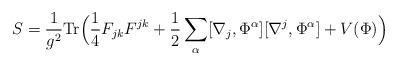
LaTeX: \begin{align*}S= \frac{1}{g^{2}}{\rm Tr} \Bigl( \frac{1}{4} F_{jk}F^{jk} + \frac{1}{2}\sum_{\alpha}[\nabla_{j}, \Phi^{\alpha}][\nabla^{j}, \Phi^{\alpha}] + V(\Phi ) \Bigr)\end{align*}